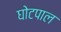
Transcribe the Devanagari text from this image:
घोटपाल